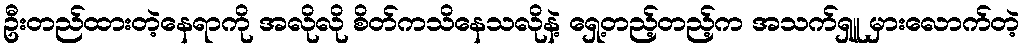
ဦးတည်ထားတဲ့နေရာကို အလိုလို စိတ်ကသိနေသလိုနဲ့ ရှေ့တည့်တည့်က အသက်ရှူ မှားလောက်တဲ့